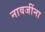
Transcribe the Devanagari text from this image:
नावजींना